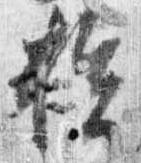
損